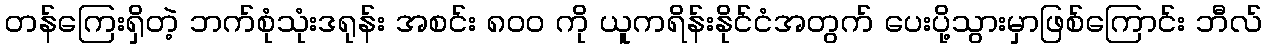
တန်ကြေးရှိတဲ့ ဘက်စုံသုံးဒရုန်း အစင်း ၈၀၀ ကို ယူကရိန်းနိုင်ငံအတွက် ပေးပို့သွားမှာဖြစ်ကြောင်း ဘီလ်